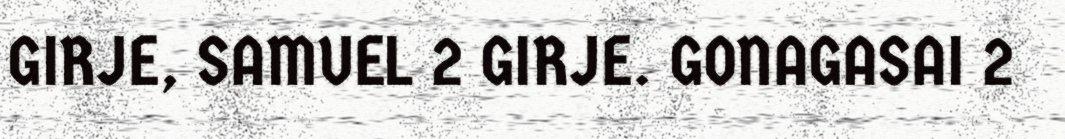
GIRJE, SAMUEL 2 GIRJE. GONAGASAI 2